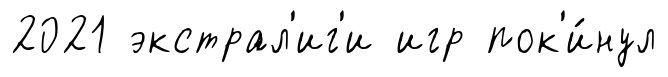
2021 экстрал'иг'и игр пок'и́нул